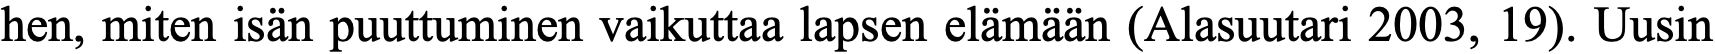
hen, miten isän puuttuminen vaikuttaa lapsen elämään (Alasuutari 2003, 19). Uusin